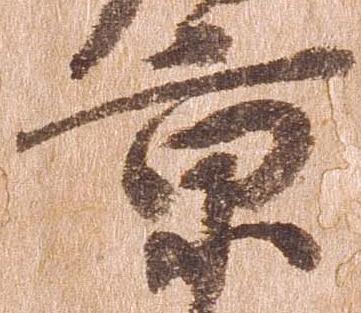
京